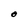
Character: O